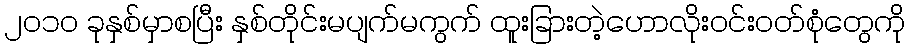
၂၀၁၀ ခုနှစ်မှာစပြီး နှစ်တိုင်းမပျက်မကွက် ထူးခြားတဲ့ဟောလိုးဝင်းဝတ်စုံတွေကို